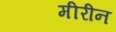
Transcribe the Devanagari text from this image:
मीरीन